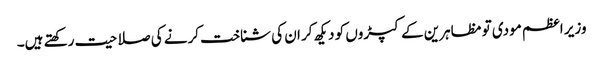
وزیر اعظم مودی تو مظاہرین کے کپڑوں کو دیکھ کر ان کی شناخت کرنے کی صلاحیت رکھتے ہیں۔